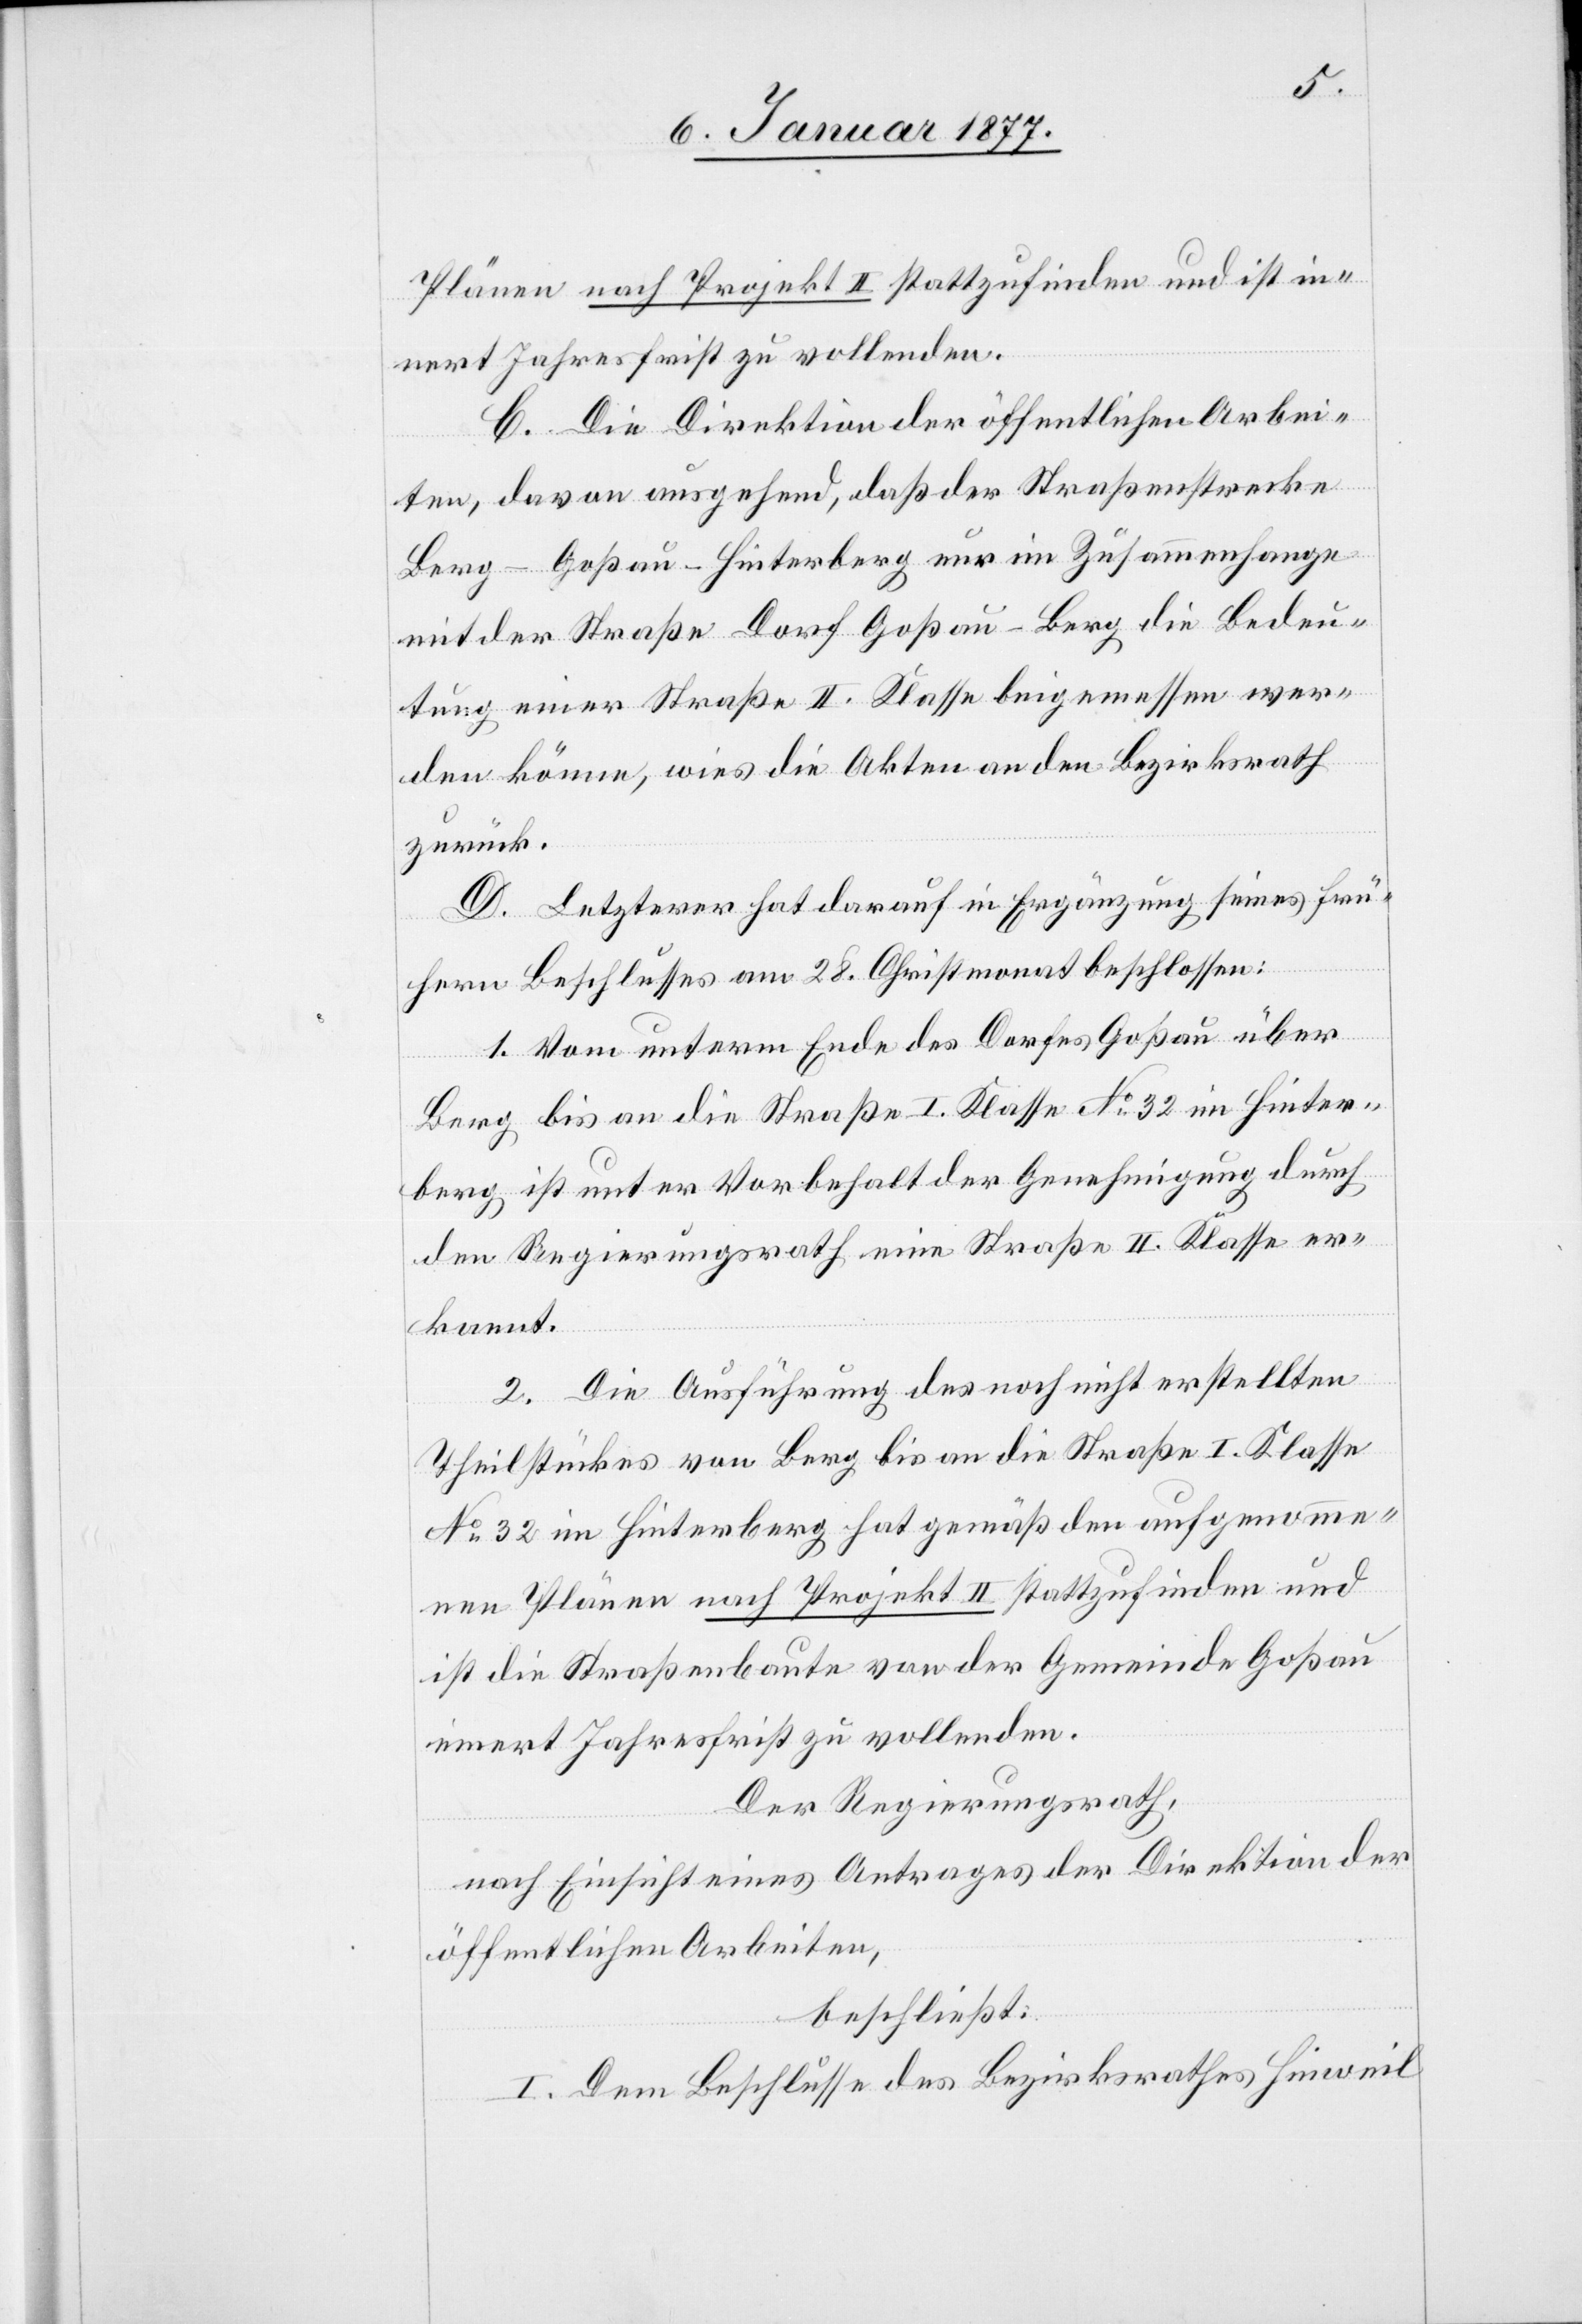
Plänen nach Projekt II stattzufinden und ist in¬
nert Jahresfrist zu vollenden.
C. Die Direktion der öffentlichen Arbei¬
ten, davon ausgehend, daß der Straßenstrecke
Berg–Goßau–Hinterberg nur im Zusammenhange
mit der Straße Dorf Goßau–Berg die Bedeu¬
tung einer Straße II. Klasse beigemessen wer¬
den könne, wies die Akten an den Bezirksrath
zurück.
D. Letzterer hat darauf in Ergänzung seines frü¬
hern Beschlusses am 28. Christmonat beschlossen:
1. Vom untern Ende des Dorfes Goßau über
Berg bis an die Straße I. Klasse No 32 im Hinter¬
berg ist unter Vorbehalt der Genehmigung durch
den Regierungsrath eine Straße II. Klasse er¬
kannt.
2. Die Ausführung des noch nicht erstellten
Theilstückes von Berg bis an die Straße I. Klasse
No 32 im Hinterberg hat gemäß den aufgenomme¬
nen Plänen nach Projekt II stattzufinden und
ist die Straßenbaute von der Gemeinde Goßau
innert Jahresfrist zu vollenden.
Der Regierungsrath,
nach Einsicht eines Antrages der Direktion der
öffentlichen Arbeiten,
beschließt:
I. Dem Beschlusse des Bezirksrathes Hinweil